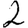
Digit: 2